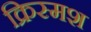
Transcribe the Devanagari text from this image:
क्रिस्मश